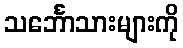
သင်္ဘောသားများကို